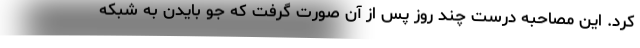
کرد. این مصاحبه درست چند روز پس از آن صورت گرفت که جو بایدن به شبکه